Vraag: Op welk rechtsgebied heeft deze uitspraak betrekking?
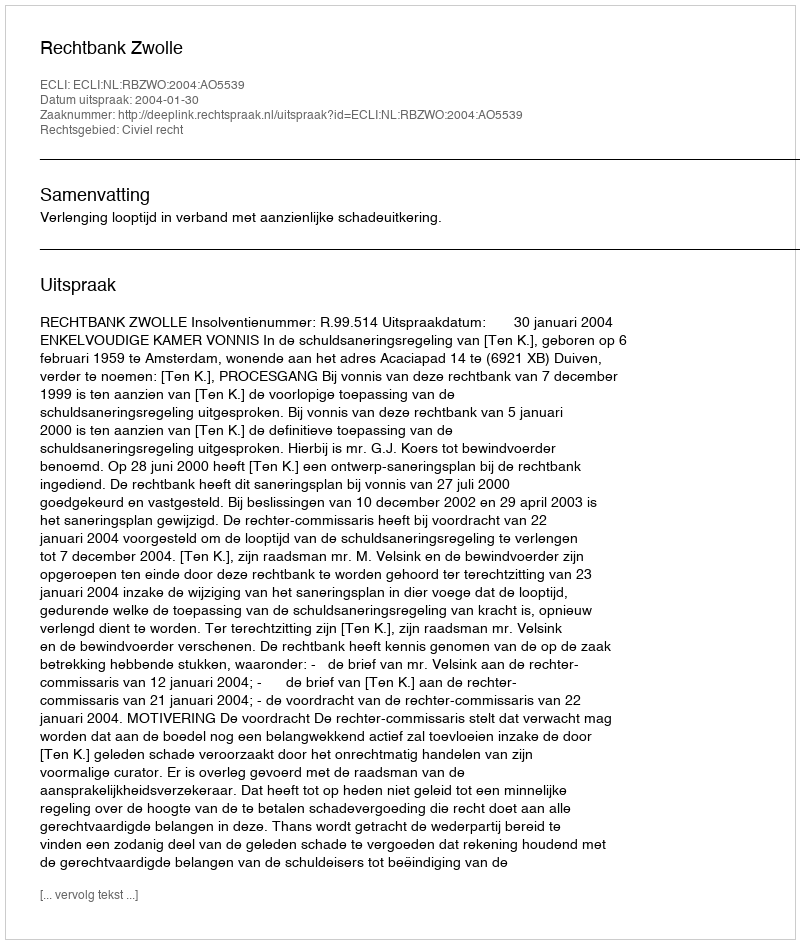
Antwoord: Civiel recht